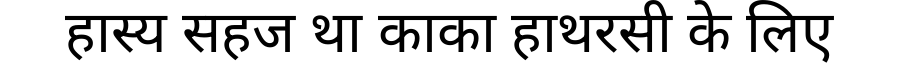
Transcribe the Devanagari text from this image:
हास्य सहज था काका हाथरसी के लिए